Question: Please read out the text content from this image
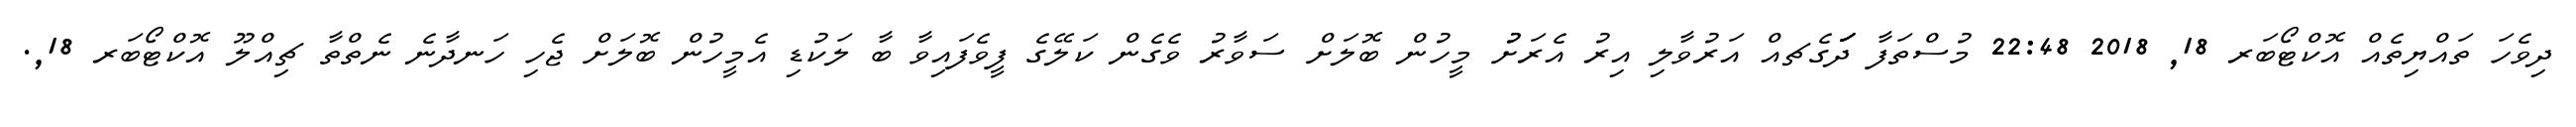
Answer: ދިވެހަ ތައްޔިތެއް އޮކްޓޯބަރ 18, 2018 22:48 މުސްތަފާ ދަަަަަަަގެޗއް އަރުވާލި އިރު އެރަށުު މީހުން ބޮލަށް ސަވާރު ވެގެން ކަލޭގެ ފީވެފައިވާ ބާ ލަކުޑި އެމީހުން ބޮލަށް ޖެހި ހަނދާނެ ނެތްތާ ޗިއްލޫ އޮކްޓޯބަރ 18,.